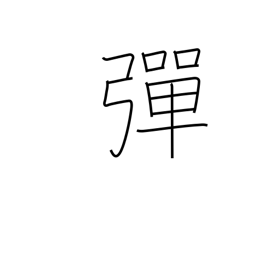
Meaning: bullet